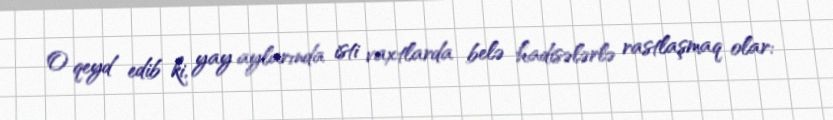
O qeyd edib ki, yay aylarında isti vaxtlarda belə hadisələrlə rastlaşmaq olar: